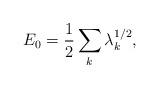
LaTeX: \begin{align*}E_{0}=\frac{1}{2}\sum_{k}\lambda_{k}^{1/2},\end{align*}